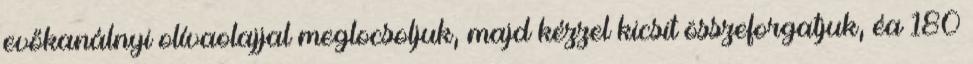
evőkanálnyi olívaolajjal meglocsoljuk, majd kézzel kicsit összeforgatjuk, éa 180